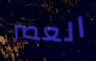
العصر